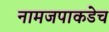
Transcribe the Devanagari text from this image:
नामजपाकडेच